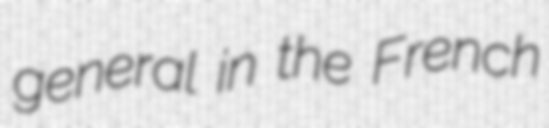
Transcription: general in the French